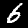
Label: 6